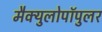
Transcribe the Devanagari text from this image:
मैक्युलोपॉपुलर